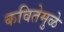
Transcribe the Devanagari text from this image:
कवितेमुळे